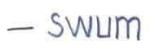
- swum